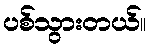
ပစ်သွားတယ်။